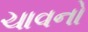
ચાવનો